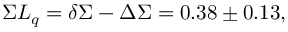
\Sigma L _ { q } = \delta \Sigma - \Delta \Sigma = 0 . 3 8 \pm 0 . 1 3 ,